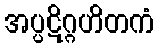
အပ္ပဋိဂ္ဂဟိတကံ